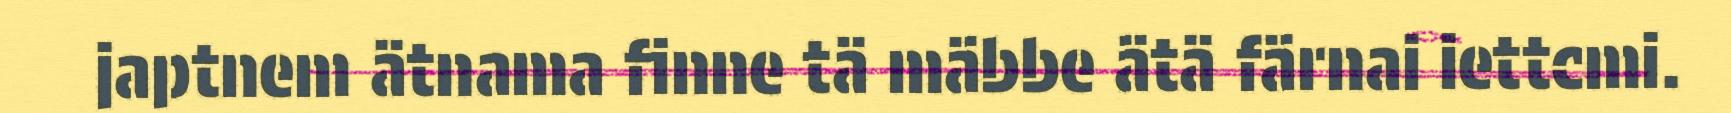
japtnem ätnama finne tä mäbbe ätä färnai iettcmi.